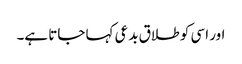
اور اسی کو طلاق بدعی کہا جاتا ہے۔